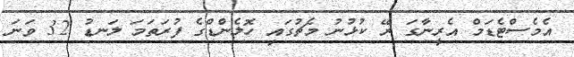
އެމެސްޓެޑަމް އެރީނާގަ ރޭ ކުޅުނު މެޗުގައި ހޮލެންޑްގެ ފުރަތަމަ ލަނޑު 32 ވަނަ